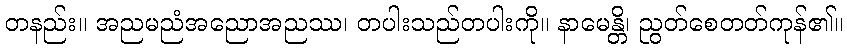
တနည်း။ အညမညံအညောအညဿ၊ တပါးသည်တပါးကို။ နာမေန္တိ၊ ညွတ်စေတတ်ကုန်၏။